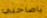
ياصاحبي